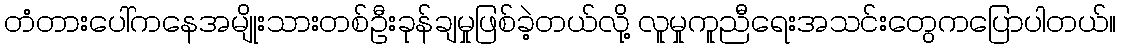
တံတားပေါ်ကနေအမျိုးသားတစ်ဦးခုန်ချမှုဖြစ်ခဲ့တယ်လို့ လူမှုကူညီရေးအသင်းတွေကပြောပါတယ်။